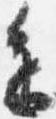
進